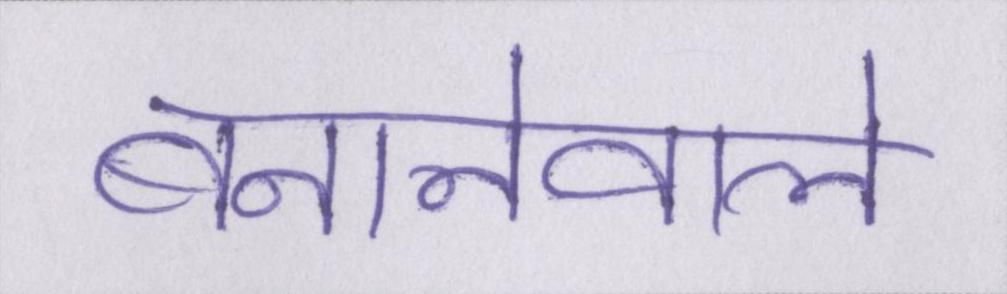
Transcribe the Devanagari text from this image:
बनानेवाले